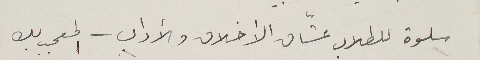
سلوة للطلاب عشّاق الأخلاق والأداب - المعجب بك